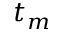
t _ { m }